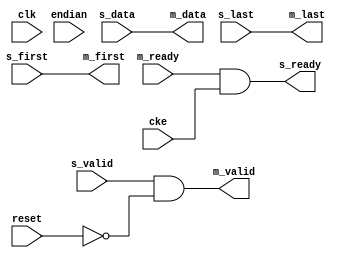
// ---------------------------------------------------------------------------
//  Jelly  -- The platform for real-time computing
//
//                                 Copyright (C) 2008-2020 by Ryuji Fuchikami
//                                 https://github.com/ryuz/jelly.git
// ---------------------------------------------------------------------------



`timescale 1ns / 1ps
`default_nettype none



module jelly_data_width_converter
        #(
            parameter   UNIT_WIDTH   = 1,
            parameter   S_DATA_SIZE  = 0,   // log2 (0:1bit, 1:2bit, 2:4bit, 3:8bit...)
            parameter   M_DATA_SIZE  = 0,   // log2 (0:1bit, 1:2bit, 2:4bit, 3:8bit...)
            parameter   S_DATA_WIDTH = (1 << S_DATA_SIZE) * UNIT_WIDTH,
            parameter   M_DATA_WIDTH = (1 << M_DATA_SIZE) * UNIT_WIDTH,
            parameter   INIT_DATA    = {M_DATA_WIDTH{1'bx}}
        )
        (
            input   wire                        reset,
            input   wire                        clk,
            input   wire                        cke,
            
            input   wire                        endian,
            
            input   wire    [S_DATA_WIDTH-1:0]  s_data,
            input   wire                        s_first,
            input   wire                        s_last,
            input   wire                        s_valid,
            output  wire                        s_ready,
            
            output  wire    [M_DATA_WIDTH-1:0]  m_data,
            output  wire                        m_first,
            output  wire                        m_last,
            output  wire                        m_valid,
            input   wire                        m_ready
        );
    
    localparam  SEL_WIDTH = (M_DATA_SIZE > S_DATA_SIZE) ? (M_DATA_SIZE - S_DATA_SIZE) : (S_DATA_SIZE - M_DATA_SIZE);
    
    generate
    if ( M_DATA_SIZE == S_DATA_SIZE ) begin : through
        // through
        assign s_ready = m_ready & cke;
        assign m_data  = s_data;
        assign m_first = s_first;
        assign m_last  = s_last;
        assign m_valid = s_valid & !reset;
    end
    else if ( M_DATA_SIZE > S_DATA_SIZE ) begin : upsize
        // upsizer
        reg     [M_DATA_WIDTH-1:0]  reg_m_data,  next_m_data;
        reg                         reg_m_first, next_m_first;
        reg                         reg_m_last,  next_m_last;
        reg                         reg_m_valid, next_m_valid;
        reg     [SEL_WIDTH-1:0]     reg_sel,     next_sel;
        
        wire    [M_DATA_WIDTH-1:0]  next_data;
        wire    [M_DATA_WIDTH-1:0]  next_mask;
        
        jelly_demultiplexer
                #(
                    .SEL_WIDTH      (SEL_WIDTH),
                    .IN_WIDTH       (S_DATA_WIDTH)
                )
            i_demultiplexer_data
                (
                    .endian         (endian),
                    .sel            (reg_sel),
                    .din            (s_data),
                    .dout           (next_data)
                );
        
        jelly_demultiplexer
                #(
                    .SEL_WIDTH      (SEL_WIDTH),
                    .IN_WIDTH       (S_DATA_WIDTH)
                )
            i_demultiplexer_mask
                (
                    .endian         (endian),
                    .sel            (reg_sel),
                    .din            ({S_DATA_WIDTH{1'b1}}),
                    .dout           (next_mask)
                );
        
        always @* begin
            next_m_data  = reg_m_data;
            next_m_first = reg_m_first;
            next_m_last  = reg_m_last;
            next_m_valid = reg_m_valid;
            next_sel     = reg_sel;
            
            if ( m_valid & m_ready ) begin
                next_m_data  = INIT_DATA;
                next_m_first = 1'b0;
                next_m_last  = 1'b0;
                next_m_valid = 1'b0;
            end
            
            if ( s_valid & s_ready ) begin
                if ( s_first ) begin
                    next_m_data  = INIT_DATA;
                    next_m_first = 1'b1;
                    next_sel     = {SEL_WIDTH{1'b0}};
                end
                
                next_m_data = ((next_m_data & ~next_mask) | next_data);
                next_m_last = s_last;
                
                next_sel    = reg_sel + 1'b1;
                if ( (reg_sel == {SEL_WIDTH{1'b1}}) || s_last ) begin
                    next_m_valid = 1'b1;
                    next_sel     = {SEL_WIDTH{1'b0}};
                end
            end
        end
        
        always @(posedge clk) begin
            if ( reset ) begin
                reg_m_data  <= INIT_DATA;
                reg_m_first <= 1'bx;
                reg_m_last  <= 1'bx;
                reg_m_valid <= 1'b0;
                reg_sel     <= {SEL_WIDTH{1'b0}};
            end
            else if ( cke ) begin
                reg_m_data  <= next_m_data;
                reg_m_first <= next_m_first;
                reg_m_last  <= next_m_last;
                reg_m_valid <= next_m_valid;
                reg_sel     <= next_sel;
            end
        end
        
        assign s_ready = ((!m_valid || m_ready) && cke);
        assign m_data  = reg_m_data;
        assign m_first = reg_m_first;
        assign m_last  = reg_m_last;
        assign m_valid = reg_m_valid;
    end
    else begin : downsize
        // downsizer
        reg     [M_DATA_WIDTH-1:0]  reg_m_data,  next_m_data;
        reg                         reg_m_first, next_m_first;
        reg                         reg_m_last,  next_m_last;
        reg                         reg_m_valid, next_m_valid;
        reg     [SEL_WIDTH-1:0]     reg_sel,     next_sel;
        
        wire    [M_DATA_WIDTH-1:0]  next_data;
        
        jelly_multiplexer
                #(
                    .SEL_WIDTH      (SEL_WIDTH),
                    .OUT_WIDTH      (M_DATA_WIDTH)
                )
            i_multiplexer
                (
                    .endian         (endian),
                    .sel            (reg_sel),
                    .din            (s_data),
                    .dout           (next_data)
                );
        
        always @* begin
            next_m_data  = reg_m_data;
            next_m_first = reg_m_first;
            next_m_last  = reg_m_last;
            next_m_valid = reg_m_valid;
            next_sel     = reg_sel;
            
            if ( m_ready ) begin
                next_m_valid = 1'b0;
            end
            
            if ( !next_m_valid ) begin
                next_m_data  = next_data;
                next_m_first = 1'b0;
                next_m_last  = 1'b0;
                next_m_valid = s_valid;
                
                next_sel     = reg_sel + s_valid;
                if ( (reg_sel == {SEL_WIDTH{1'b0}}) ) begin
                    next_m_first = s_first;
                end
                if ( (reg_sel == {SEL_WIDTH{1'b1}}) ) begin
                    next_m_last  = s_last;
                end
            end
        end
        
        always @(posedge clk) begin
            if ( reset ) begin
                reg_m_data  <= INIT_DATA;
                reg_m_first <= 1'bx;
                reg_m_last  <= 1'bx;
                reg_m_valid <= 1'b0;
                reg_sel     <= {SEL_WIDTH{1'b0}};
            end
            else if ( cke ) begin
                reg_m_data  <= next_m_data;
                reg_m_first <= next_m_first;
                reg_m_last  <= next_m_last;
                reg_m_valid <= next_m_valid;
                reg_sel     <= next_sel;
            end
        end
        
        assign s_ready  = ((reg_sel == {SEL_WIDTH{1'b1}}) && m_ready && cke);
        assign m_data   = reg_m_data;
        assign m_first  = reg_m_first;
        assign m_last   = reg_m_last;
        assign m_valid  = reg_m_valid;
    end
    endgenerate
    
endmodule


`default_nettype wire


// end of file